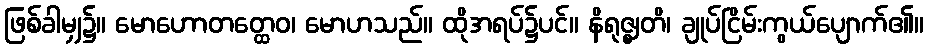
ဖြစ်ခါမျှ၌။ မောဟောတတ္ထေဝ၊ မောဟသည်။ ထိုအရပ်၌ပင်။ နိရုဇ္ဈတိ၊ ချုပ်ငြိမ်းကွယ်ပျောက်၏။